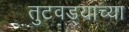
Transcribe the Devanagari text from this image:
तुटवड्याच्या